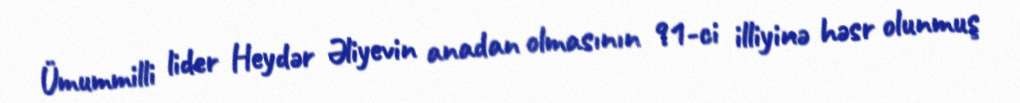
Ümummilli lider Heydər Əliyevin anadan olmasının 91-ci illiyinə həsr olunmuş